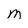
Character: M